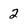
Character: 2